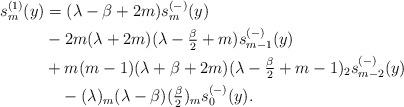
LaTeX: \begin{align*} s^{(1)}_m(y)&=(\lambda-\beta+2m)s^{(-)}_{m}(y)\\ & -2m(\lambda+2m)(\lambda-\tfrac{\beta}{2}+m)s^{(-)}_{m-1}(y)\\ &+m(m-1)(\lambda+\beta+2m)(\lambda-\tfrac{\beta}{2}+m-1)_2s^{(-)}_{m-2}(y)\\ &\quad-(\lambda)_m(\lambda-\beta)(\tfrac{\beta}{2})_m s^{(-)}_0(y). \end{align*}